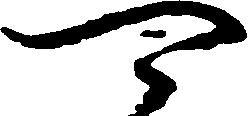
可